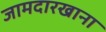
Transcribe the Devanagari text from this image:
जामदारखाना